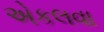
એકલવા